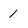
Character: 1